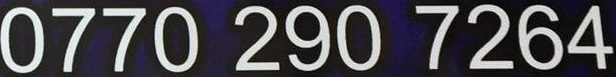
0770 290 7264